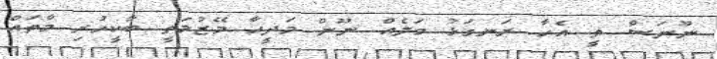
ނޫނަސް ތީ އެހާ ރަނގަޅު މަލެއް ނޫން މަދީހާ މޭޒުމަތީ ބާކީހުރި މާތައް